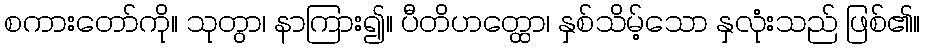
စကားတော်ကို။ သုတွာ၊ နာကြား၍။ ပီတိဟတ္ထော၊ နှစ်သိမ့်သော နှလုံးသည် ဖြစ်၏။